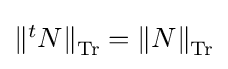
{\textstyle \left\|{}^{t}N\right\|_{\operatorname {Tr} }=\left\|N\right\|_{\operatorname {Tr} }}